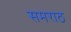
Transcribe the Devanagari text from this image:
समराठ